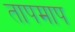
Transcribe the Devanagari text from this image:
तापमाप